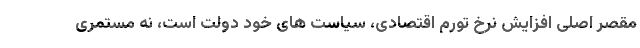
مقصر اصلی افزایش نرخ تورم اقتصادی، سیاست های خود دولت است، نه مستمری